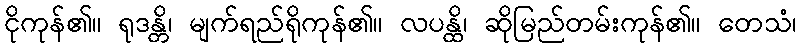
ငိုကုန်၏။ ရုဒန္တိ၊ မျက်ရည်ရိုကုန်၏။ လပန္ထိ၊ ဆိုမြည်တမ်းကုန်၏။ တေသံ၊